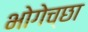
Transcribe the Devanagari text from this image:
भोगेच्छा